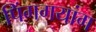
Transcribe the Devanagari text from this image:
पिंगगयांग